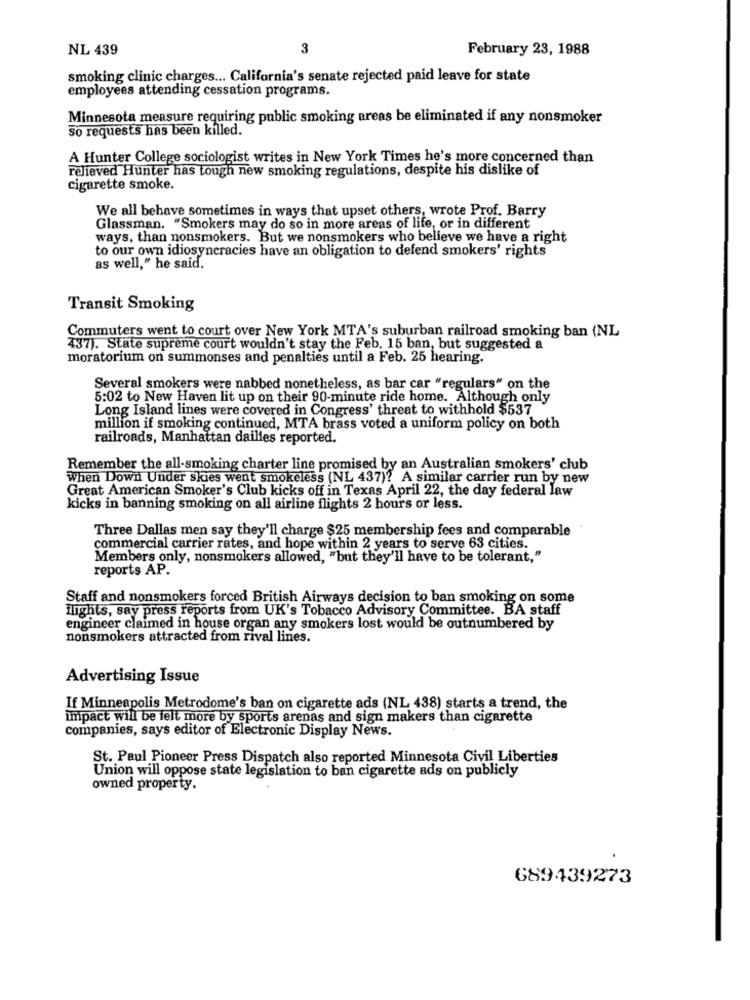
NL 439
3
February 23, 1988
smoking clinic charges ... California's senate rejected paid leave for state
employees attending cessation programs.
Minnesota measure requiring public smoking areas be eliminated if any nonsmoker
So requests has been killed.
A Hunter College sociologist writes in New York Times he's more concerned than
relieved Hunter has tough new smoking regulations, despite his dislike of
cigarette smoke.
We all behave sometimes in ways that upset others, wrote Prof. Barry
Glassman. "Smokers may do so in more areas of life, or in different
ways, than nonsmokers. But we nonsmokers who believe we have a right
to our own idiosyncracies have an obligation to defend smokers' rights
as well," he said.
Transit Smoking
Commuters went to court over New York MTA's suburban railroad smoking ban (NL
437). State supreme court wouldn't stay the Feb. 15 ban, but suggested a
moratorium on summonses and penalties until a Feb. 25 hearing.
Several smokers were nabbed nonetheless, as bar car "regulars" on the
5:02 to New Haven lit up on their 90-minute ride home. Although only
Long Island lines were covered in Congress' threat to withhold $537
million if smoking continued, MTA brass voted a uniform policy on both
railroads, Manhattan dailles reported.
Remember the all-smoking charter line promised by an Australian smokers' club
When Down Under skies went smokeless (NL 437)? A similar carrier run by new
Great American Smoker's Club kicks off in Texas April 22, the day federal law
kicks in banning smoking on all airline flights 2 hours or less.
Three Dallas men say they'll charge $25 membership fees and comparable
commercial carrier rates, and hope within 2 years to serve 63 cities.
Members only, nonsmokers allowed, "but they'll have to be tolerant,"
reports AP.
Staff and nonsmokers forced British Airways decision to ban smoking on some
flights, say press reports from UK's Tobacco Advisory Committee. BA staff
engineer claimed in house organ any smokers lost would be outnumbered by
nonsmokers attracted from rival lines.
Advertising Issue
If Minneapolis Metrodome's ban on cigarette ads (NL 438) starts a trend, the
impact will be felt more by sports arenas and sign makers than cigarette
companies, says editor of Electronic Display News.
St. Paul Pioneer Press Dispatch also reported Minnesota Civil Liberties
Union will oppose state legislation to ban cigarette ads on publicly
owned property.
689439273